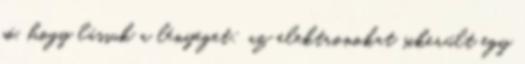
jó, hogy lássuk a lényeget: az elektronokat sikerült egy